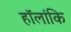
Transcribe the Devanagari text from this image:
हॉलांकि